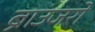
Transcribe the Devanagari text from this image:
ब्राउजरो